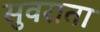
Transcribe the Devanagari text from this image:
सुवराता